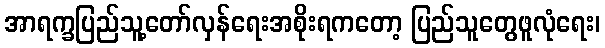
အာရက္ခပြည်သူ့တော်လှန်ရေးအစိုးရကတော့ ပြည်သူတွေဖူလုံရေး၊